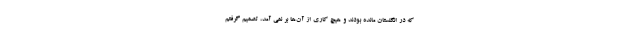
که در انگلستان مانده بودند و هیچ کاری از آن‌ها بر نمی آمد، تصمیم گرفتم